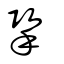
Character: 擥